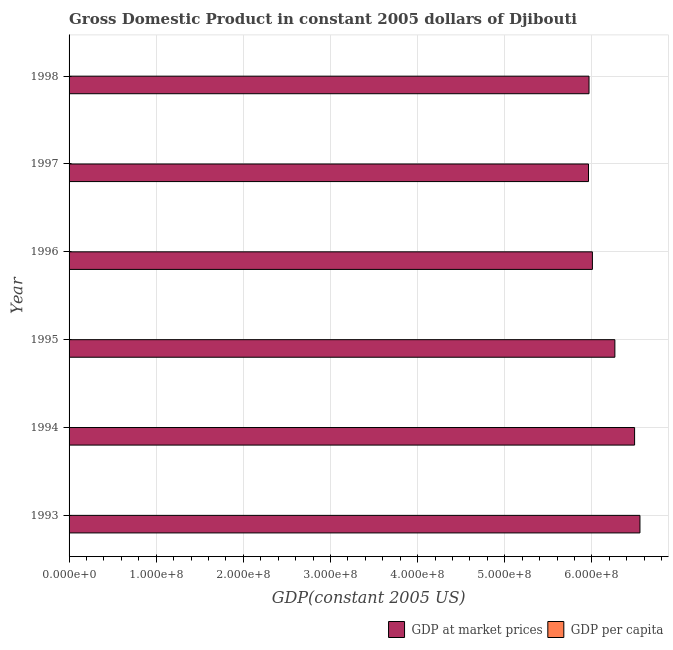
| Year | GDP at market prices | GDP per capita |
 | --- | --- | --- |
 | 1993 | 6.55e+08 | 1.02e+03 |
 | 1994 | 6.49e+08 | 998 |
 | 1995 | 6.26e+08 | 947 |
 | 1996 | 6e+08 | 892 |
 | 1997 | 5.96e+08 | 869 |
 | 1998 | 5.97e+08 | 854 |